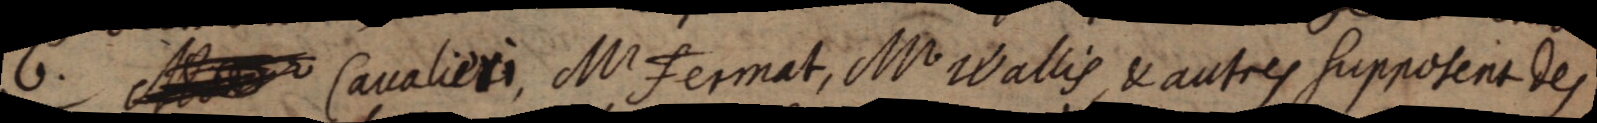
Mr Cavalieri, Mr Fermat, Mr Wallis, & autres supposent des